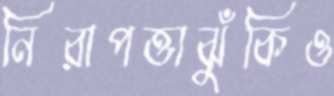
নিরাপত্তাঝুঁকিও